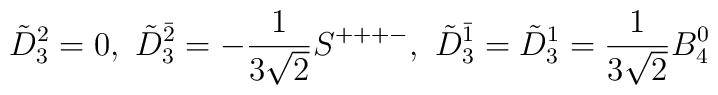
\tilde D_3^2=0,\ \tilde	D_3^{\bar2}=-\frac{1}{3\sqrt{2}}S^{+++-},\ \tilde	D_3^{\bar1}=\tilde D_3^1=\frac{1}{3\sqrt{2}}B_4^0